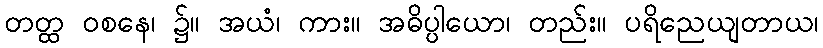
တတ္ထ ဝစနေ၊ ၌။ အယံ၊ ကား။ အဓိပ္ပါယော၊ တည်း။ ပရိညေယျတာယ၊